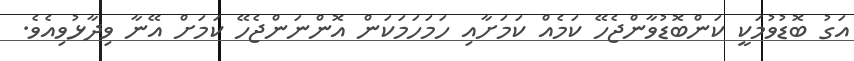
އަގު ބޮޑުވުމަކީ ކަންބޮޑުވާންޖެހޭ ކަމެއް ކަމަށާއި ހަމަހަމަކަން އޮންނަންޖެހޭ ކަމަށް އޭނާ ވިދާޅުވިއެވެ.